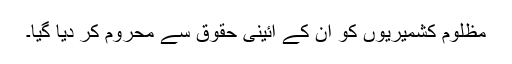
مظلوم کشمیریوں کو ان کے آئینی حقوق سے محروم کر دیا گیا۔